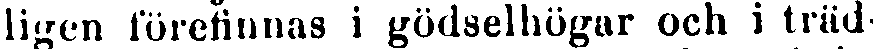
ligen förefinnas i gödselhögar och i träd-